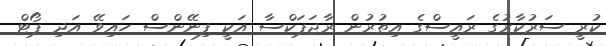
ކުރީ ސަރުކާރުގެ ރައީސްގެ އިތުރުން ރާޖަޕަކްސާ އަކީ ފިނޭންސް ހައިވޭ އަދި ޕޯޓް